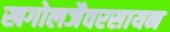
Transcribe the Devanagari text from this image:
खगोलजैवरसायन